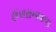
ઉપાસનાવાળા